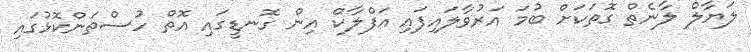
ލަޔާލް ލާނެތް ގޮތަކަށް ބުމަ އަރުވާލައިފައި އަފްލާކް އިން ގޮނޑީގައި އޮތް ހުސްތަންކޮޅުގައި